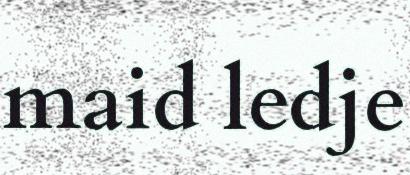
maid ledje